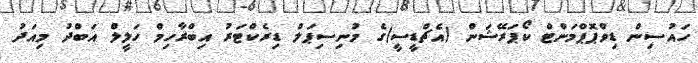
ހައުސިން ޑިވްޕޮޕްމަންޓް ކޯޕަރޭޝަން (އެޗްޑީސީ)ގެ މުނިސިޕަލް ޑިރެކްޓަރު އިބްރާހިމް ހަލީލް އަބްދު މިއަދު